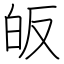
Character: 皈